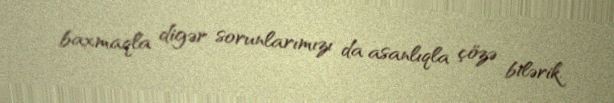
baxmaqla digər sorunlarımızı da asanlıqla çözə bilərik.